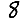
Digit: 8